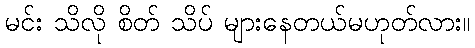
မင်း သိလို စိတ် သိပ် များနေတယ်မဟုတ်လား။